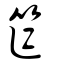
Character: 笮